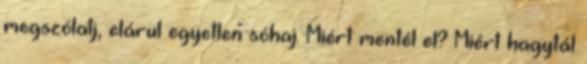
megszólalj, elárul egyetlen sóhaj. Miért mentél el? Miért hagytál